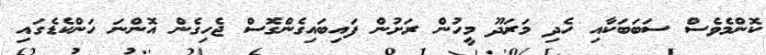
ކޮންމެވެސް ސަބަބަކާއި ހެދި މަރަދޫ މީހުން ރަށުން ފައިބައިގެންގޮސް ޖެހިގެން އޮންނަ ހަންކެޑެގައި